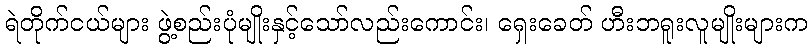
ရဲတိုက်ငယ်များ ဖွဲ့စည်းပုံမျိုးနှင့်သော်လည်းကောင်း၊ ရှေးခေတ် ဟီးဘရူးလူမျိုးများက